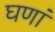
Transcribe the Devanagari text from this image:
घणां